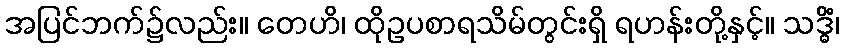
အပြင်ဘက်၌လည်း။ တေဟိ၊ ထိုဥပစာရသိမ်တွင်းရှိ ရဟန်းတို့နှင့်။ သဒ္ဓိံ၊